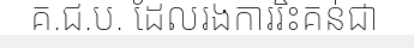
គ.ជ.ប. ដែលរងការរិះគន់ជា